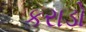
કરાડો